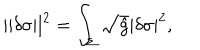
| | \delta \sigma | | ^ { 2 } = \int _ { \Sigma } \sqrt { \hat { g } } | \delta \sigma | ^ { 2 } ,